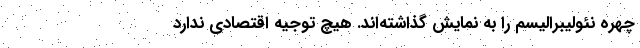
چهره نئولیبرالیسم را به نمایش گذاشته‌اند. هیچ توجیه اقتصادی ندارد